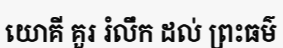
យោគី គួរ រំលឹក ដល់ ព្រះធម៌